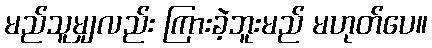
မည်သူမျှလည်း ကြားခဲ့ဘူးမည် မဟုတ်ပေ။